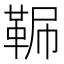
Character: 𩊧